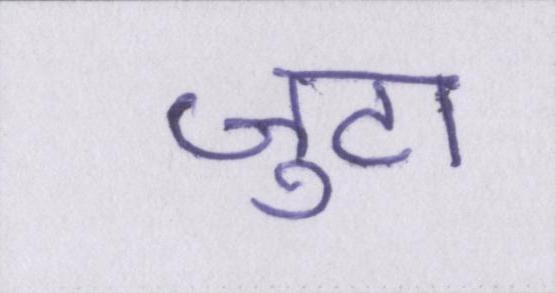
जुटा